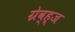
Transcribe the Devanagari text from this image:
ग्रेव्ह्ज